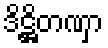
ဒိဋ္ဌိတဏှာ